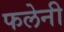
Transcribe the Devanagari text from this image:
फलेनी